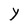
Character: Y